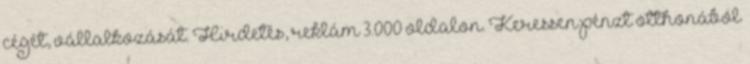
cégét, vállalkozását. Hirdetés, reklám 3.000 oldalon. Keressen pénzt otthonából